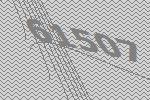
61507